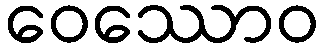
ဝေဿောဝ